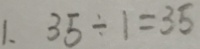
1 . 3 5 \div 1 = 3 5